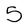
Character: 5